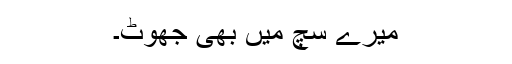
میرے سچ میں بھی جھوٹ۔